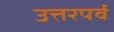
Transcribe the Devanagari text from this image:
उत्तरपर्व